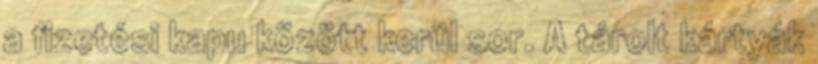
a fizetési kapu között kerül sor. A tárolt kártyák